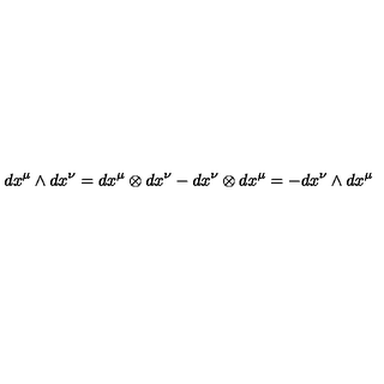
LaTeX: d x ^ { \mu } \wedge d x ^ { \nu } = d x ^ { \mu } \otimes d x ^ { \nu } - d x ^ { \nu } \otimes d x ^ { \mu } = - d x ^ { \nu } \wedge d x ^ { \mu }